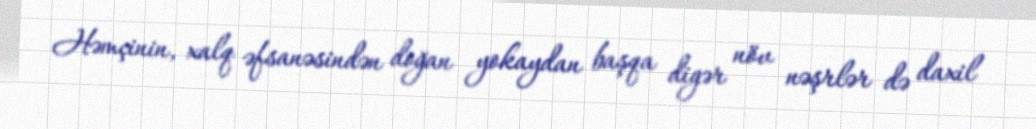
Həmçinin, xalq əfsanəsindən doğan yokaydan başqa digər növ nəşrlər də daxil